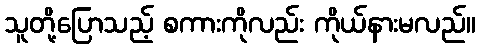
သူတို့ပြောသည့် စကားကိုလည်း ကိုယ်နားမလည်။